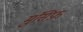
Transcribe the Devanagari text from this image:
मुंसिफ़